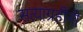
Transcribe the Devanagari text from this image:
सत्याग्रहींनी